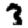
Digit: 3